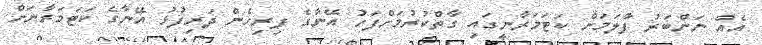
އެއް ނަންބަރު ފާލަމަށް ކަޓަމަރާނީގައި ގާތްކުރުމަށްފަހު އޭނާގެ ފިރިހެން ދަރިފުޅު އޭނާގެ ކަޓަމަރާނަށް